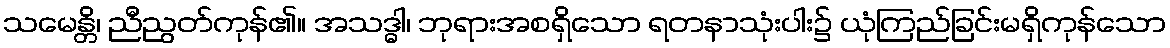
သမေန္တိ၊ ညီညွတ်ကုန်၏။ အသဒ္ဓါ၊ ဘုရားအစရှိသော ရတနာသုံးပါး၌ ယုံကြည်ခြင်းမရှိကုန်သော